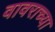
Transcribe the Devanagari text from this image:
वावराच्या